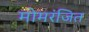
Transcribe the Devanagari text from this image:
मोमरंजित